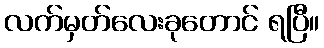
လက်မှတ်လေးခုတောင် ရပြီ။